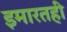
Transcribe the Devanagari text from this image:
इमारतही